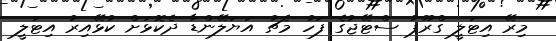
މިރޭ އިޓަލީ ގްރޫޕު ސްޓޭޖުގެ ފަހު މެޗު އަޔަލޭންޑާ ދެކޮޅަށް ކުޅޭއިރު އިޓަލީ